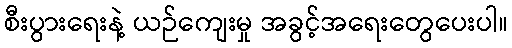
စီးပွားရေးနဲ့ ယဉ်ကျေးမှု အခွင့်အရေးတွေပေးပါ။